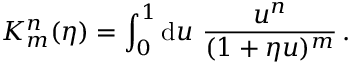
K _ { m } ^ { n } ( \eta ) = \int _ { 0 } ^ { 1 } \mathrm { d } u \ \frac { u ^ { n } } { ( 1 + \eta u ) ^ { m } } \, .